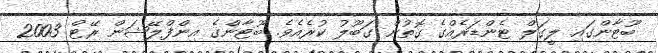
ބޫޓާންގައި ލީގަލް ޓެންޑަރެއްގެ ގޮތުން ގަބޫލު ކުރެއެވެ. ބޫޓާންގެ އިންފްލޭޝަން ރޭޓް 2003